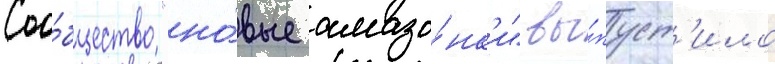
Соо́бщество "но́вые амазо́нк'и" вы́пуст'ило